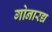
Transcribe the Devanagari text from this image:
गोनारद्य